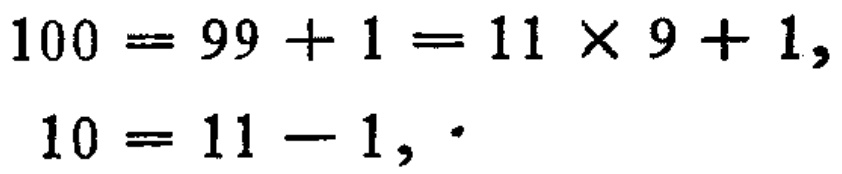
\[
\begin{align*}
100&=99 + 1=11\times9 + 1,\\
10&=11 - 1,
\end{align*}
\]